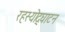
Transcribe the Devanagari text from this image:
रहस्‍योद्घाटन